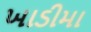
ખાડીમા